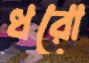
ধরো